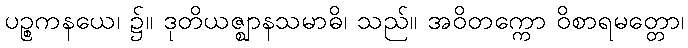
ပဉ္စကနယေ၊ ၌။ ဒုတိယဇ္ဈာနသမာဓိ၊ သည်။ အဝိတက္ကော ဝိစာရမတ္တော၊